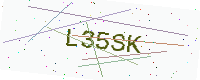
Text: L35SK